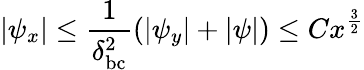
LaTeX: |\psi_{x}|\leq\frac{1}{\delta_{\mathrm{bc}}^{2}}(|\psi_{y}|+|\psi|)\leq Cx^{\frac{3}{2}}